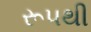
રૂ૫થી